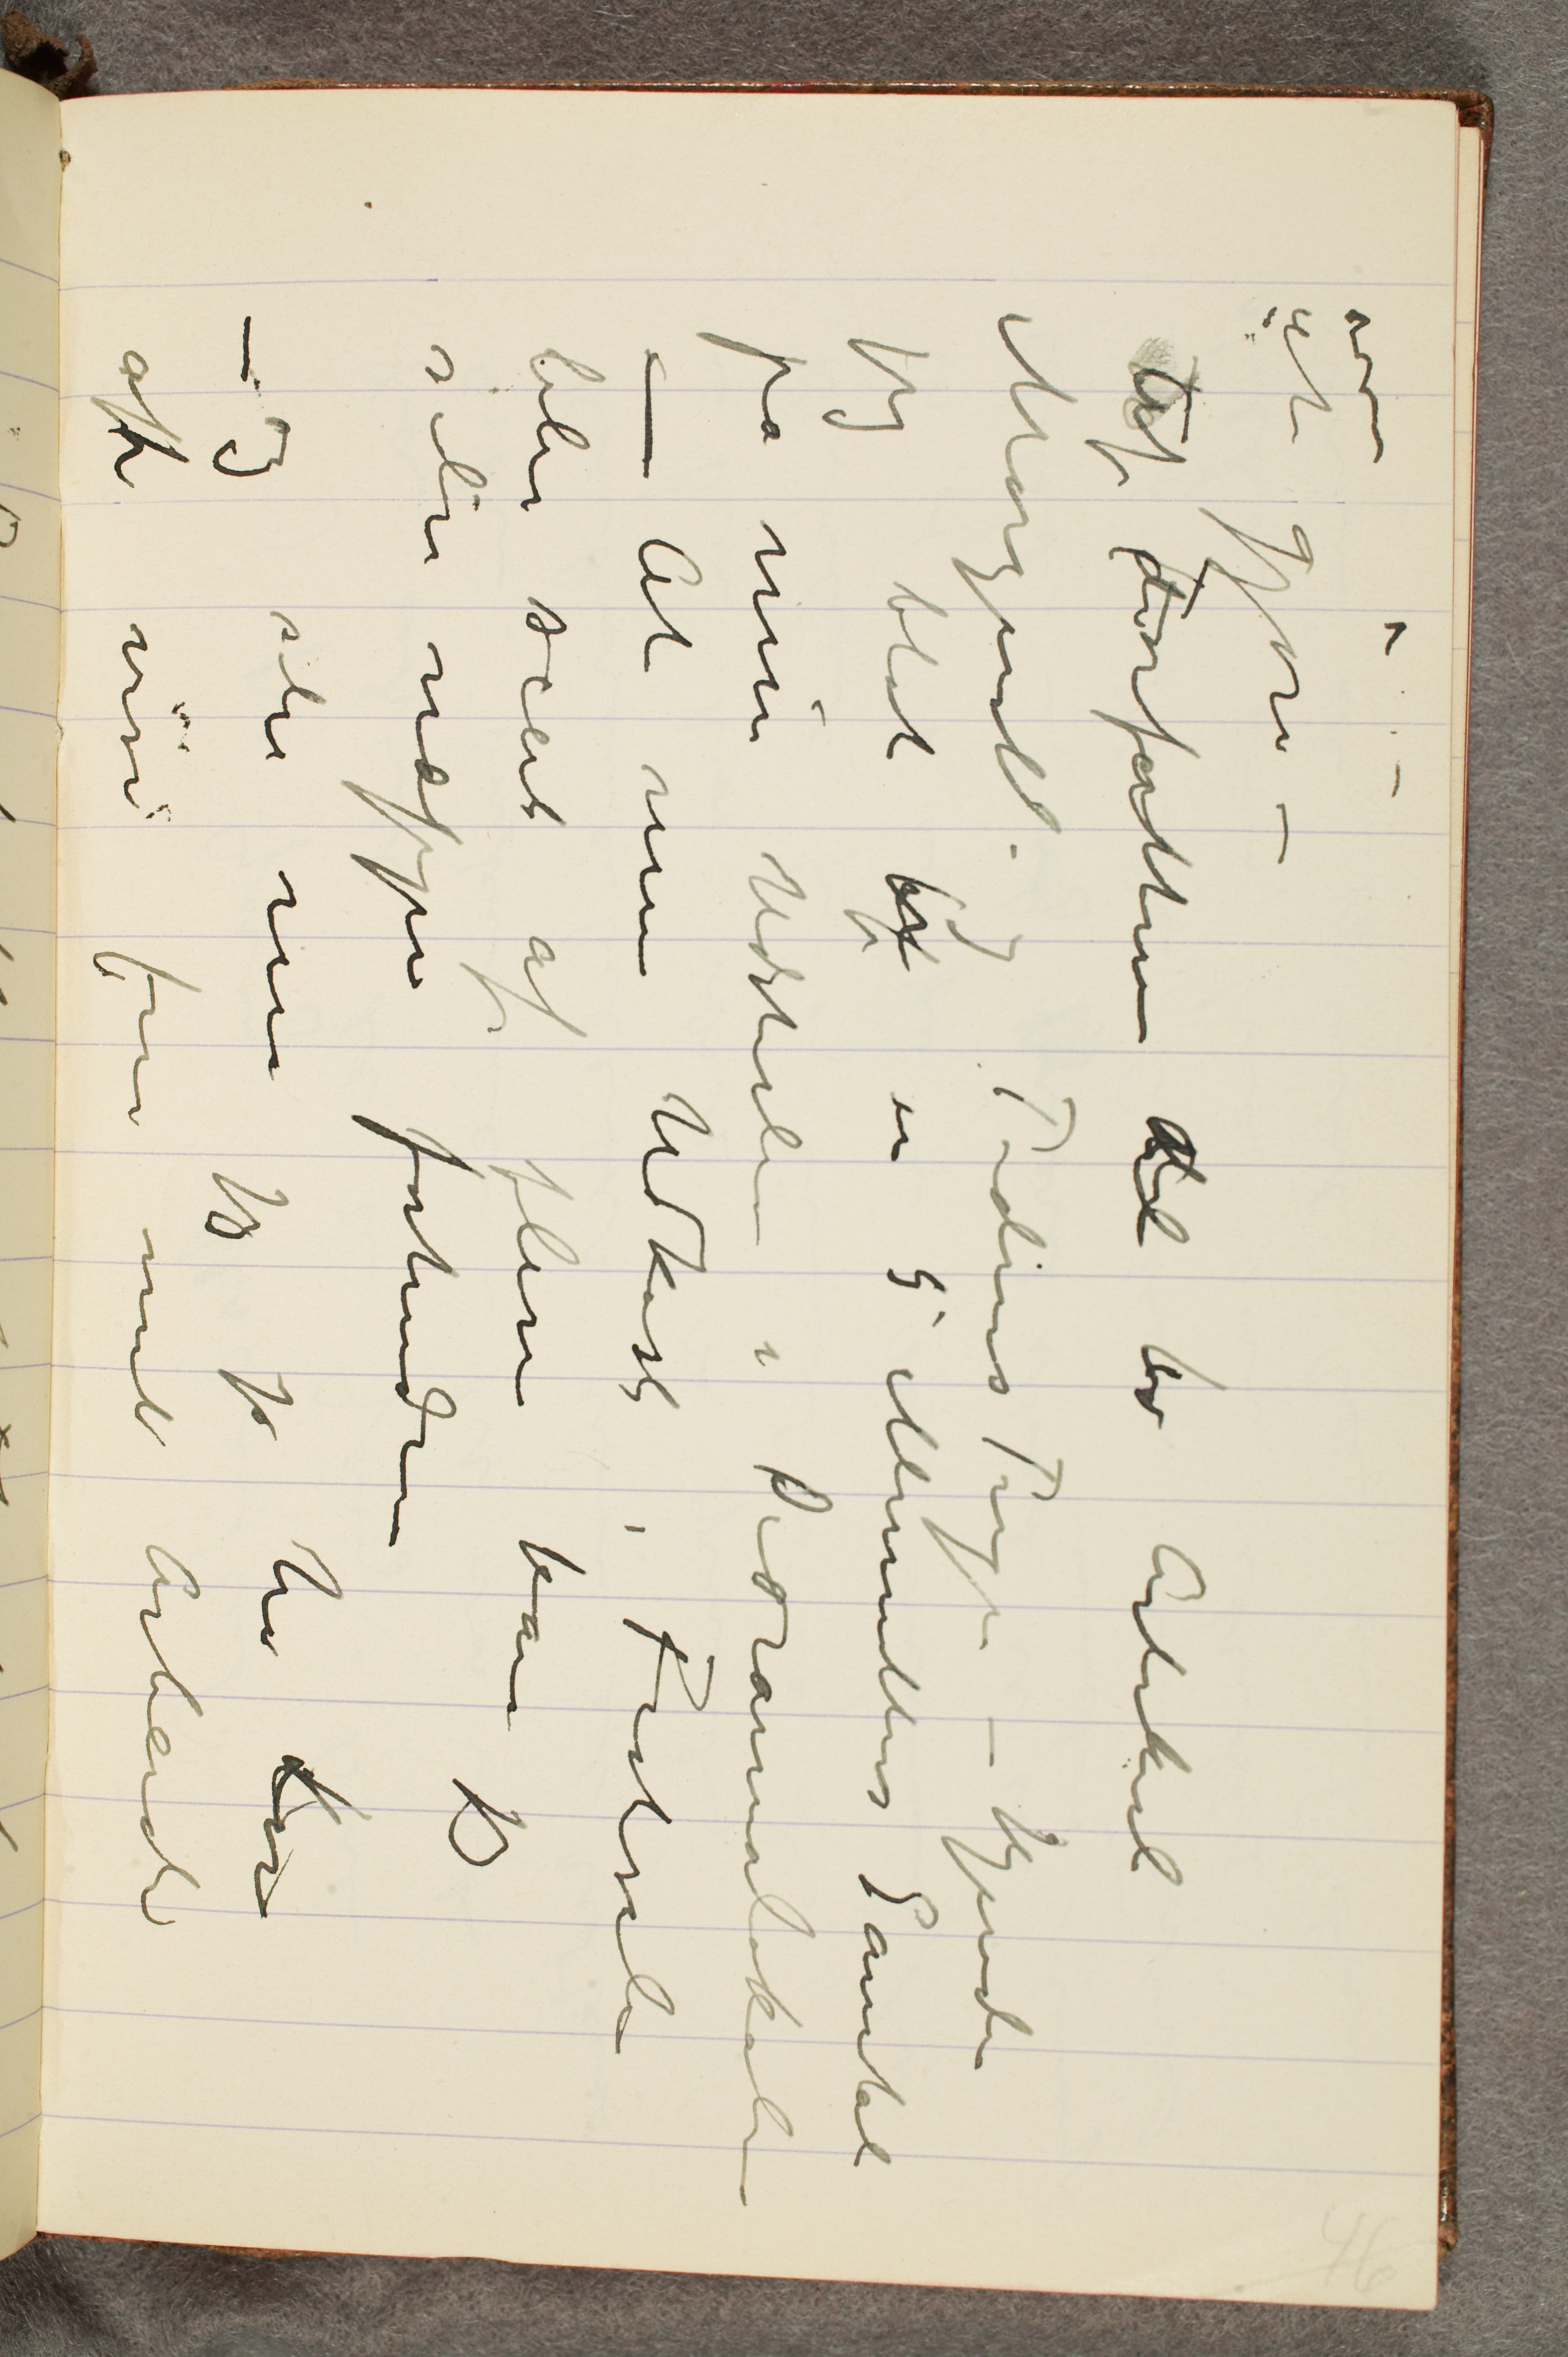
at gjøre–
Af Forfatteren til to Artikel
Morgenbl. og Tidens Tegn – kjende
jeg blot til en 5 Minutters Samtal
på min Udstillin i Dioramalokale
– At mine Udkast i Festsalen
blir seet af flere kan jeg
siden næppe forhindre
– og selv må jeg jo ha Lov
at vise frem mit Arbeide